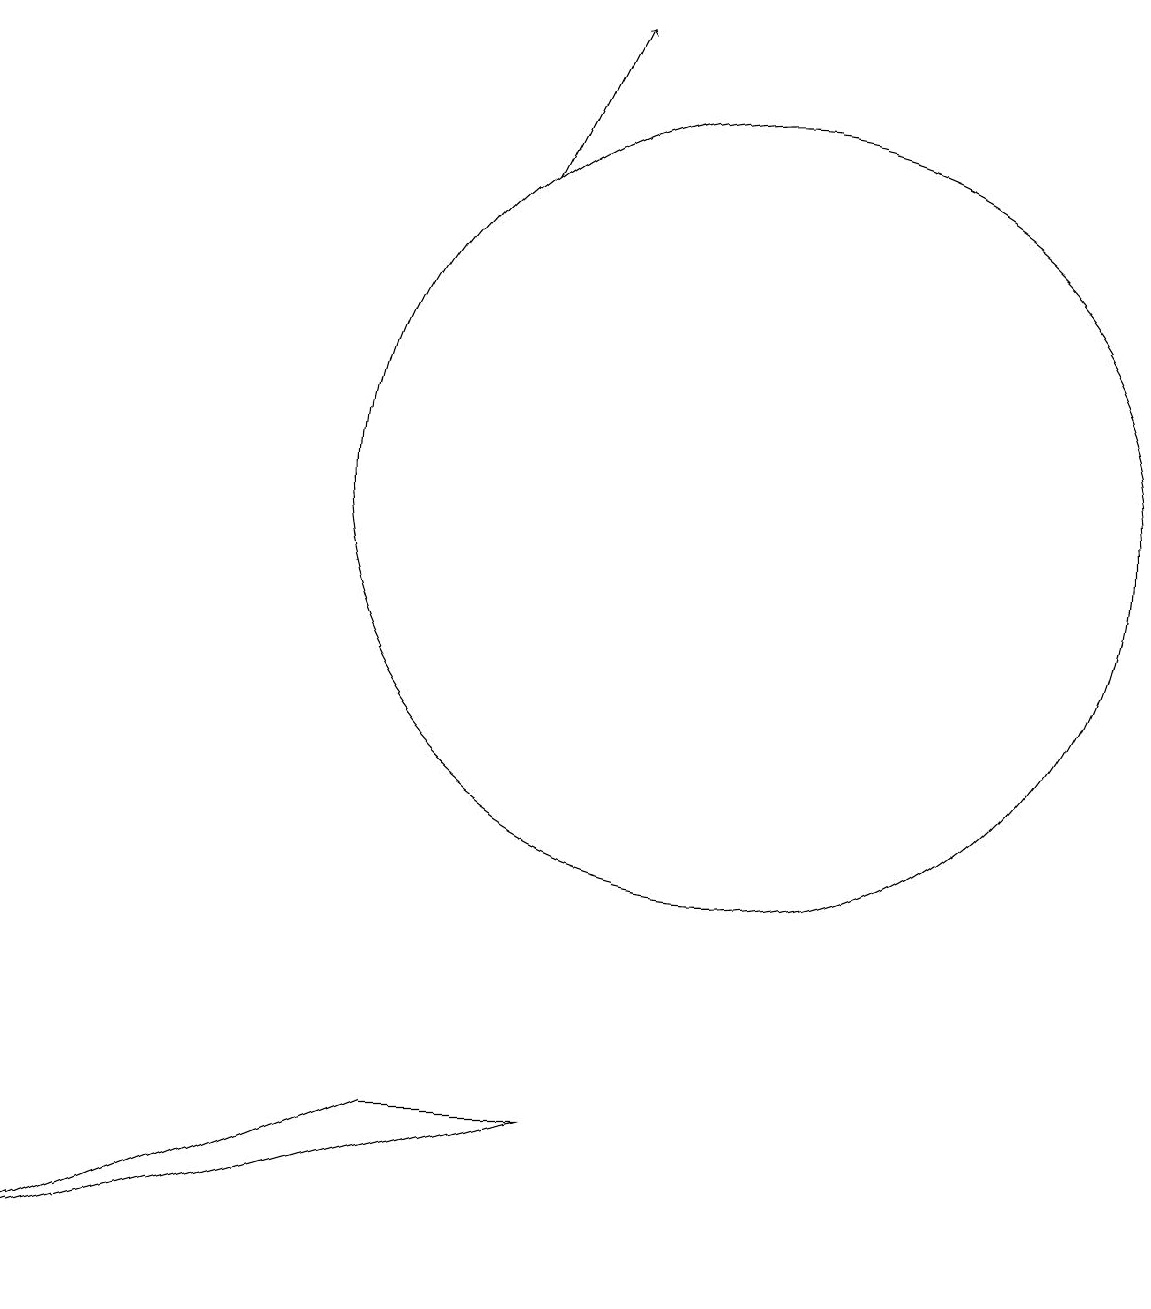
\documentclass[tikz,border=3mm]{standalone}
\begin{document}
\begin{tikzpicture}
\draw (10,12) circle (5);
\draw (6,4) -- (1,2) -- (8,4) -- cycle;
\draw[->] (7,16) -- (8,18);
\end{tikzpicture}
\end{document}